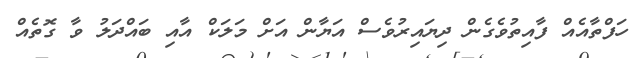
ހަފްތާއެއް ފާއިތުވެގެން ދިޔައިރުވެސް އަޔާން އަށް މަލަކް އާއި ބައްދަލު ވާ ގޮތެއް